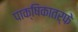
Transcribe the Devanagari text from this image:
पाक्षिकातर्फे